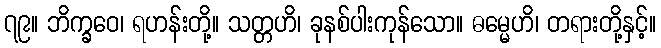
၇၉။ ဘိက္ခဝေ၊ ရဟန်းတို့။ သတ္တဟိ၊ ခုနစ်ပါးကုန်သော။ ဓမ္မေဟိ၊ တရားတို့နှင့်။